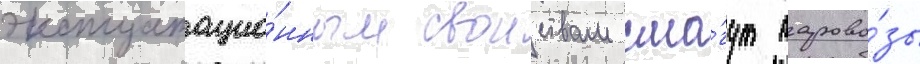
эксплуатацио́нным своиствам смо́гут парово́зы